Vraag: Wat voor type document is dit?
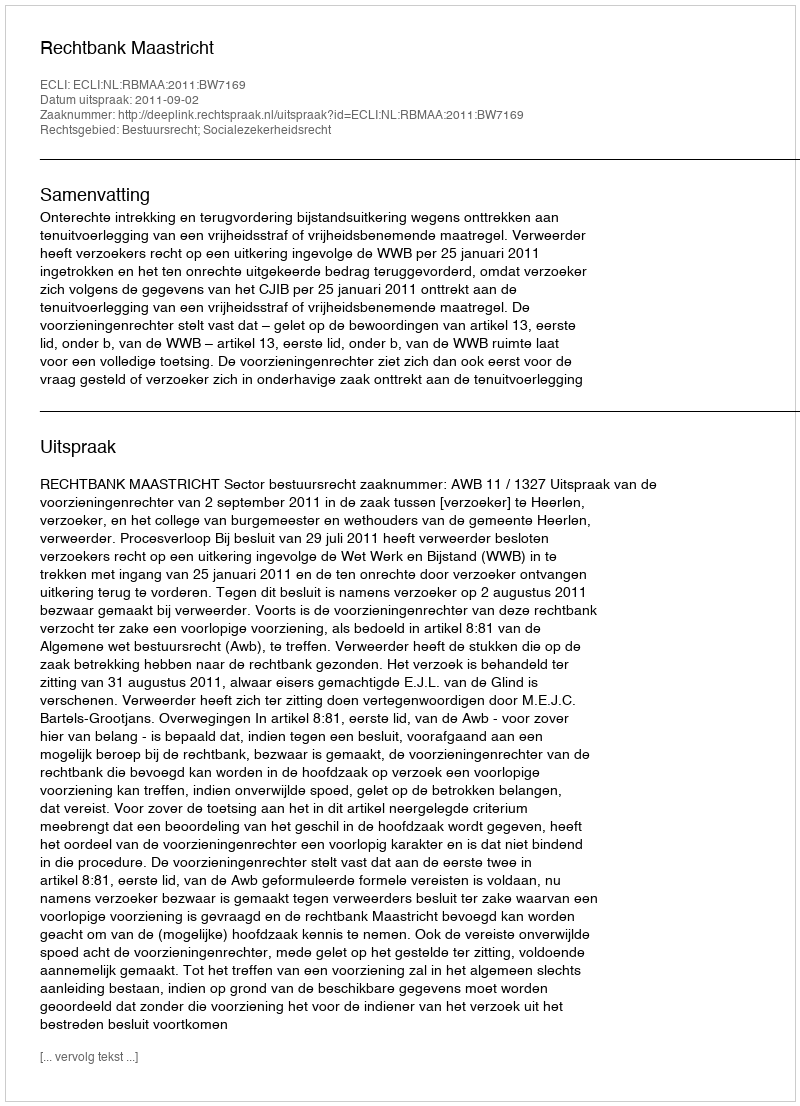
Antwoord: Uitspraak